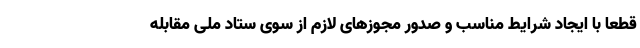
قطعا با ایجاد شرایط مناسب و صدور مجوزهای لازم از سوی ستاد ملی مقابله